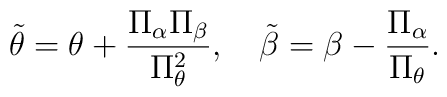
\tilde \theta =\theta +{{\Pi _\alpha \Pi _\beta }\over {\Pi _\theta ^2}} ,~~~\tilde \beta =\beta -{{\Pi _\alpha }\over {\Pi _\theta }}.